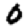
Digit: 0